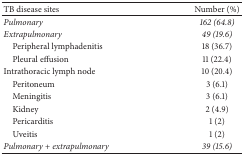
<table><thead><tr><td><b>TB disease sites</b></td><td><b>Number (%)</b></td></tr></thead><tbody><tr><td><i>Pulmonary</i></td><td><i>162 (64.8)</i></td></tr><tr><td><i>Extrapulmonary</i></td><td><i>49 (19.6)</i></td></tr><tr><td> Peripheral lymphadenitis</td><td>18 (36.7)</td></tr><tr><td> Pleural effusion</td><td>11 (22.4)</td></tr><tr><td>Intrathoracic lymph node </td><td>10 (20.4)</td></tr><tr><td> Peritoneum</td><td>3 (6.1)</td></tr><tr><td> Meningitis</td><td>3 (6.1)</td></tr><tr><td> Kidney</td><td>2 (4.9)</td></tr><tr><td> Pericarditis</td><td>1 (2)</td></tr><tr><td> Uveitis</td><td>1 (2)</td></tr><tr><td><i>Pulmonary + extrapulmonary</i></td><td><i>39 (15.6)</i></td></tr></tbody></table>